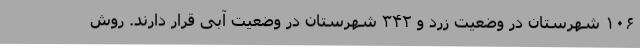
۱۰۶ شهرستان در وضعیت زرد و ۳۴۲ شهرستان در وضعیت آبی قرار دارند. روش